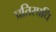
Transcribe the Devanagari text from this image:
प्रतिस्प्रधि